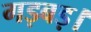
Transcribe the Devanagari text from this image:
गड़बड़।